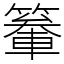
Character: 䉊